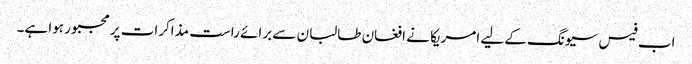
اب فیس سیونگ کے لیے امریکا نے افغان طالبان سے برائے راست مذاکرات پر مجبور ہوا ہے۔